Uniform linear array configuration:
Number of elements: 4
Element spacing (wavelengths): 0.75
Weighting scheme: hamming
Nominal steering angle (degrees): -60
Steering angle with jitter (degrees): -60.396
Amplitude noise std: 0.05
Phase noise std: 0.05

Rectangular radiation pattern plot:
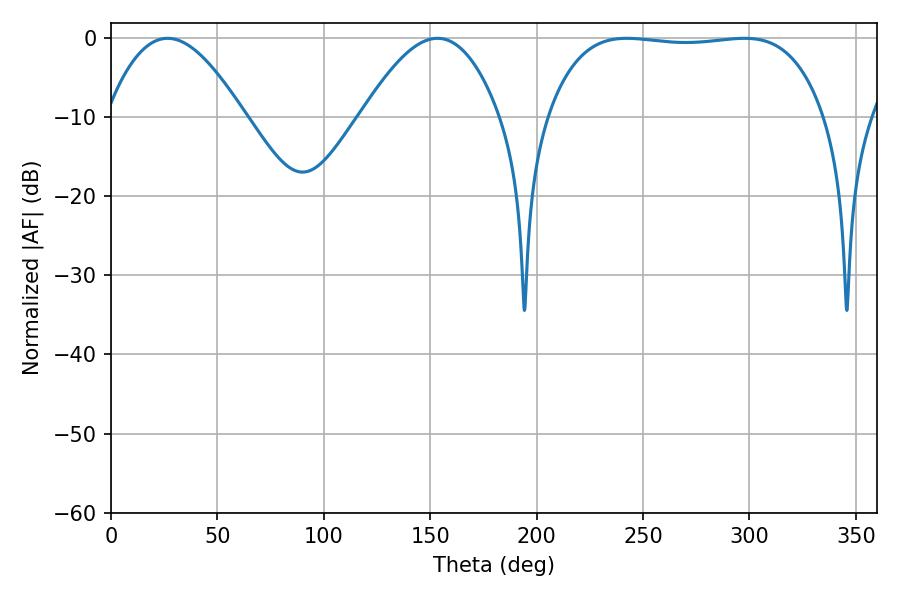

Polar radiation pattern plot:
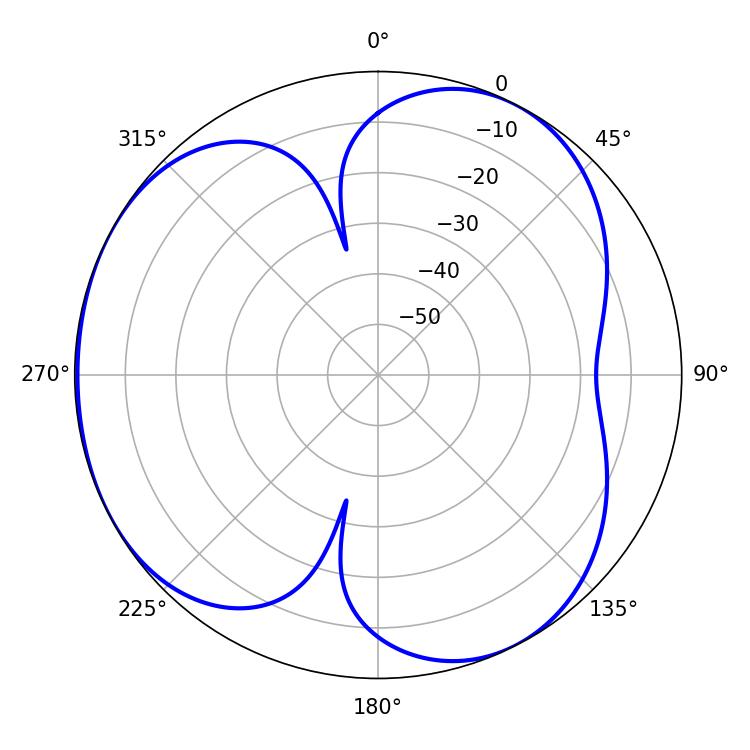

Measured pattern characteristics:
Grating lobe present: TRUE
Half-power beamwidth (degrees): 102.96
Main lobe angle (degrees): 242.28